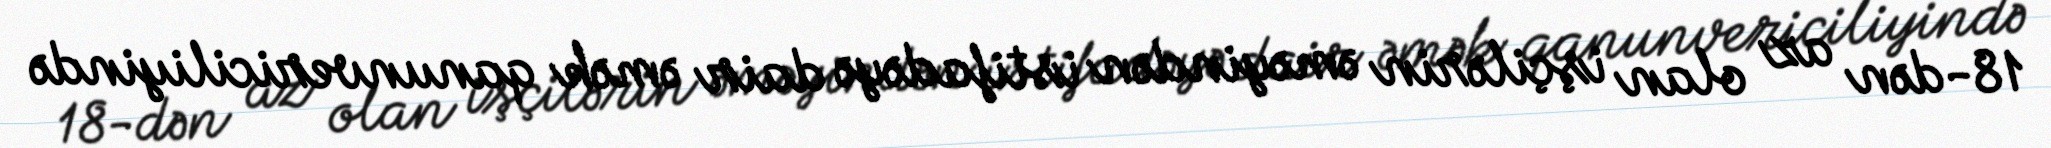
18-dən az olan işçilərin əməyindən istifadəyə dair əmək qanunvericiliyində